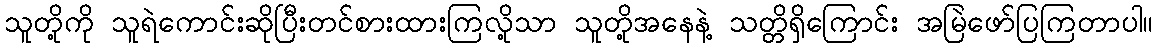
သူတို့ကို သူရဲကောင်းဆိုပြီးတင်စားထားကြလို့သာ သူတို့အနေနဲ့ သတ္တိရှိကြောင်း အမြဲဖော်ပြကြတာပါ။